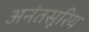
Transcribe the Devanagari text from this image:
अनंतसूरिय